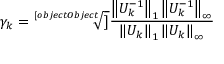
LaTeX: \gamma _ { k } = { \sqrt [ [object Object] ] { \frac { \left\| U _ { k } ^ { - 1 } \right\| _ { 1 } \left\| U _ { k } ^ { - 1 } \right\| _ { \infty } } { \left\| U _ { k } \right\| _ { 1 } \left\| U _ { k } \right\| _ { \infty } } } }